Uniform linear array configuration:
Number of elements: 32
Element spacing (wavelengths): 0.25
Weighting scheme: cosine
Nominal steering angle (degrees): -60
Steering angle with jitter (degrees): -59.78
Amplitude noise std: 0.05
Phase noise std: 0.05

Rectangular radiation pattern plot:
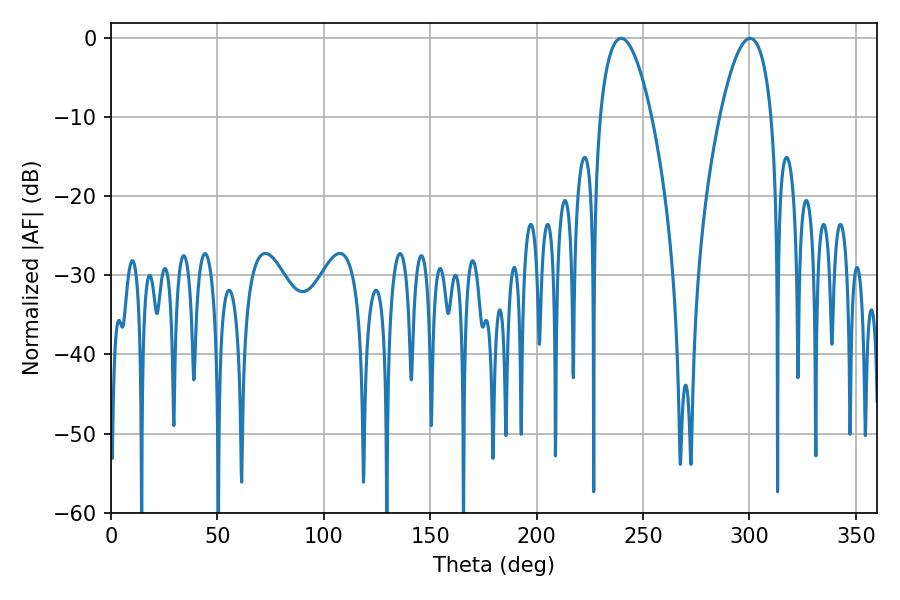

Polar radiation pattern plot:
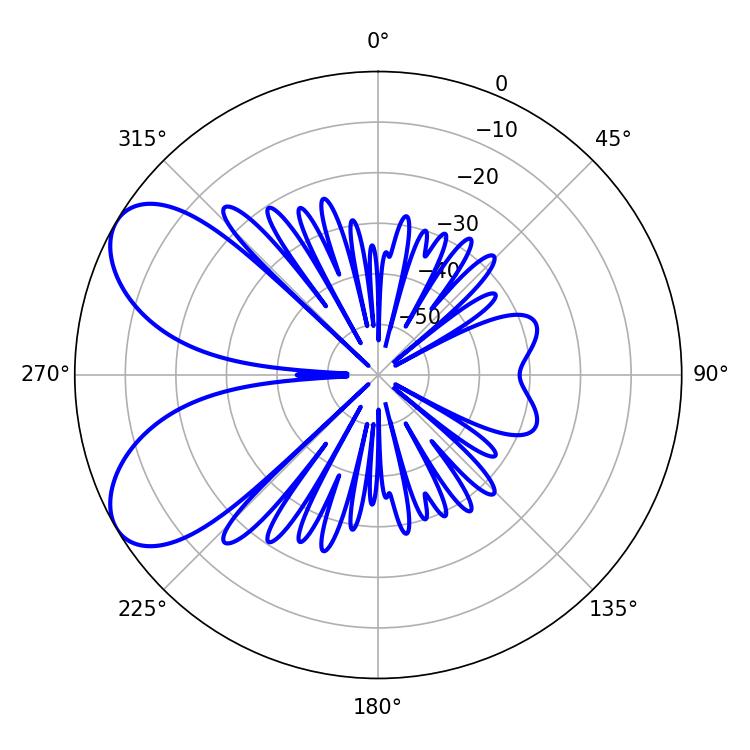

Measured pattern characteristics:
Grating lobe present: FALSE
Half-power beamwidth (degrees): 13.5
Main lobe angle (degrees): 239.76